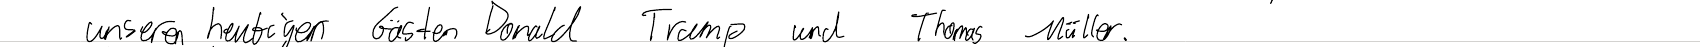
unseren heutigen Gästen Donald Trump und Thomas Müller.